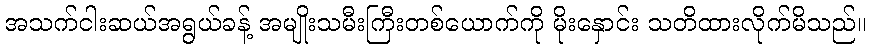
အသက်ငါးဆယ်အရွယ်ခန့် အမျိုးသမီးကြီးတစ်ယောက်ကို မိုးနှောင်း သတိထားလိုက်မိသည်။